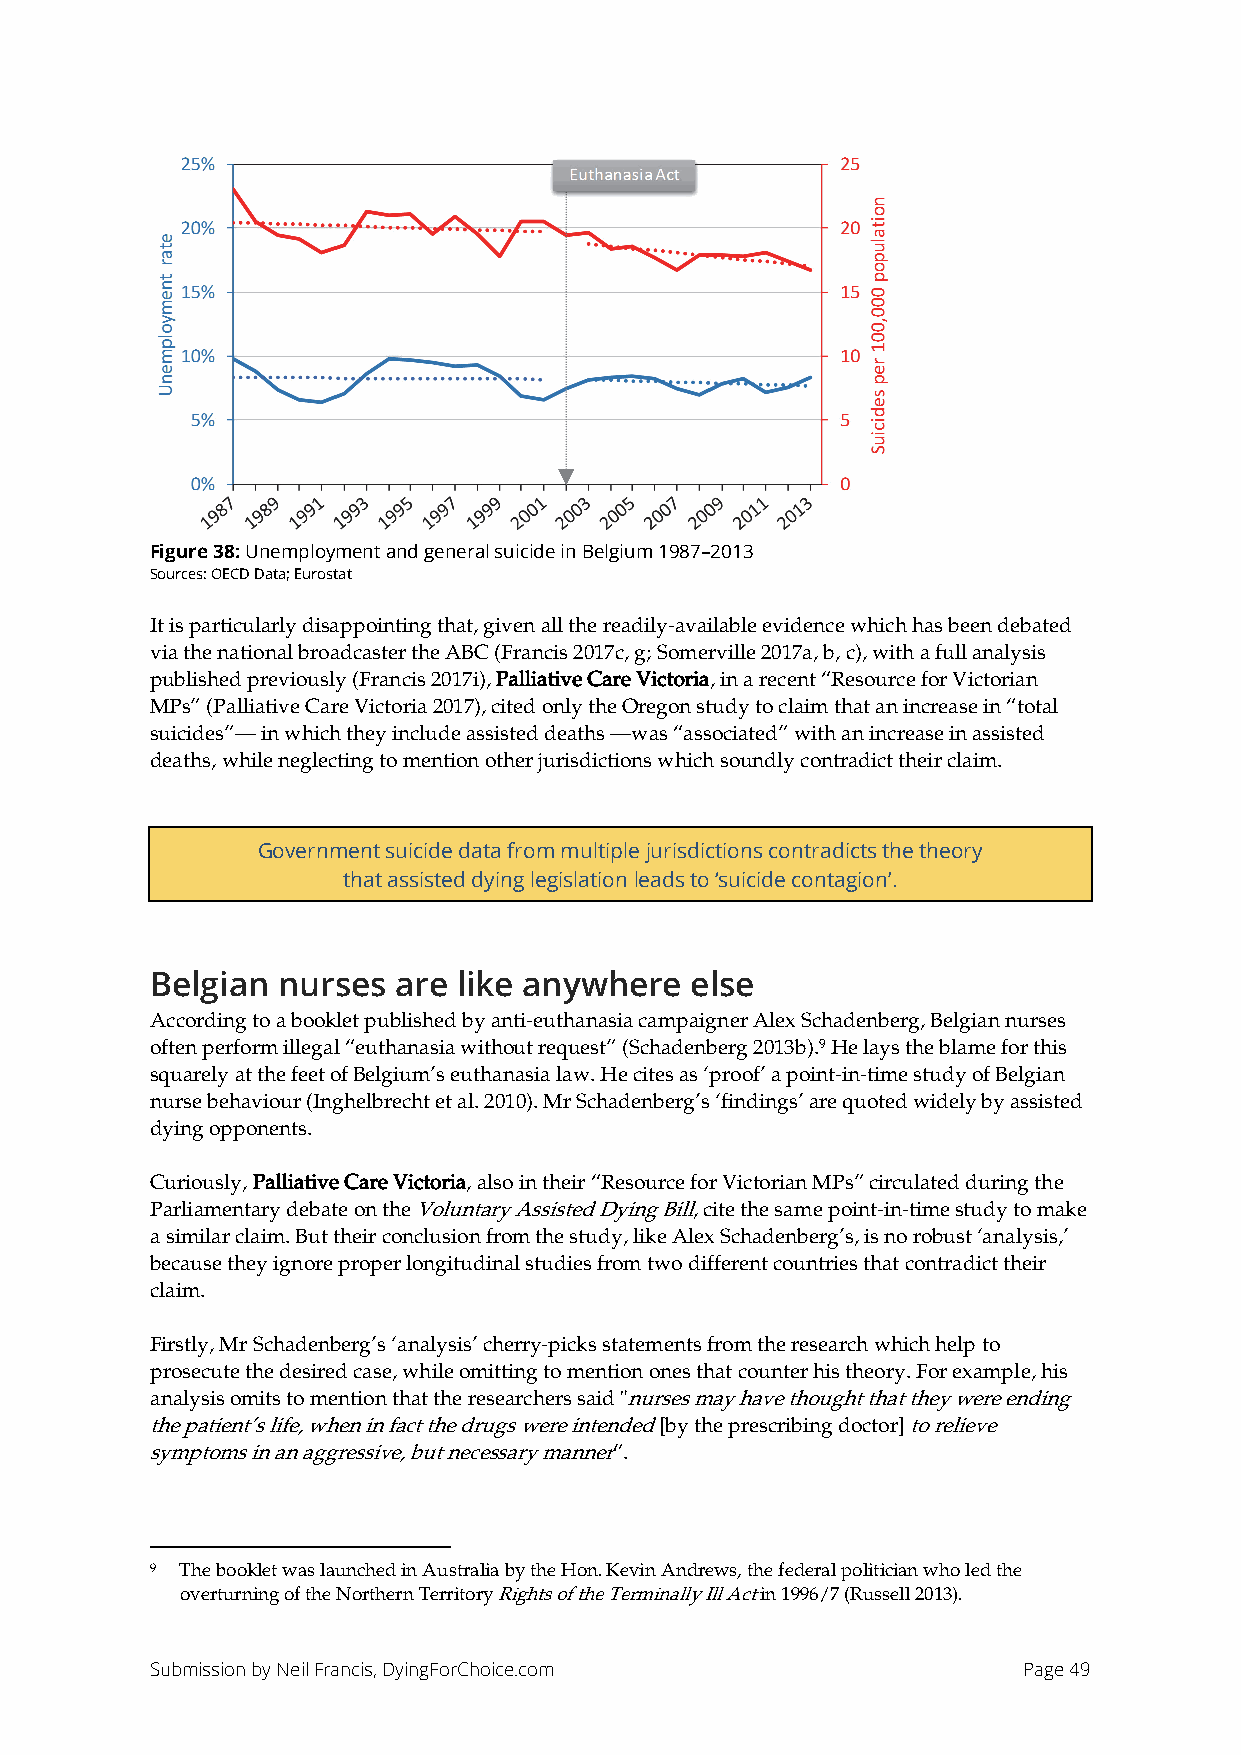
Figure 38: Unemployment and general suicide in Belgium 1987–2013
 Sources: OECD Data; Eurostat
 It is particularly disappointing that, given all the readily-available evidence which has been debated
 via the national broadcaster the ABC (Francis 2017c, g; Somerville 2017a, b, c), with a full analysis
 published previously (Francis 2017i), Palliative Care Victoria, in a recent “Resource for Victorian
 MPs” (Palliative Care Victoria 2017), cited only the Oregon study to claim that an increase in “total
 suicides”— in which they include assisted deaths —was “associated” with an increase in assisted
 deaths, while neglecting to mention other jurisdictions which soundly contradict their claim.
 Government suicide data from multiple jurisdictions contradicts the theory
 that assisted dying legislation leads to ‘suicide contagion’.
 Belgian nurses  are like anywhere   else
 According to a booklet published by anti-euthanasia campaigner Alex Schadenberg, Belgian nurses
 often perform illegal “euthanasia without request” (Schadenberg 2013b).9 He lays the blame for this
 squarely at the feet of Belgium’s euthanasia law. He cites as ‘proof’ a point-in-time study of Belgian
 nurse behaviour (Inghelbrecht et al. 2010). Mr Schadenberg’s ‘findings’ are quoted widely by assisted
 dying opponents.
 Curiously, Palliative Care Victoria, also in their “Resource for Victorian MPs” circulated during the
 Parliamentary debate on the Voluntary Assisted Dying Bill, cite the same point-in-time study to make
 a similar claim. But their conclusion from the study, like Alex Schadenberg’s, is no robust ‘analysis,’
 because they ignore proper longitudinal studies from two different countries that contradict their
 claim.
 Firstly, Mr Schadenberg’s ‘analysis’ cherry-picks statements from the research which help to
 prosecute the desired case, while omitting to mention ones that counter his theory. For example, his
 analysis omits to mention that the researchers said "nurses may have thought that they were ending
 the patient’s life, when in fact the drugs were intended [by the prescribing doctor] to relieve
 symptoms in an aggressive, but necessary manner”.
 9 The booklet was launched in Australia by the Hon. Kevin Andrews, the federal politician who led the
 overturning of the Northern Territory Rights of the Terminally Ill Act in 1996/7 (Russell 2013).
 Submission by Neil Francis, DyingForChoice.com            Page 49